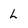
Character: l